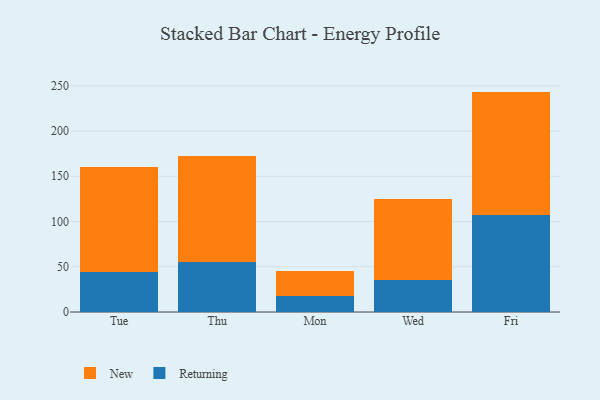
{"axis": {"x": "Day", "y": "Churn Rate (%)"}, "legend": ["New", "Returning"], "data": [{"x": "Tue", "y": 44.2, "type": "Returning"}, {"x": "Tue", "y": 115.9, "type": "New"}, {"x": "Thu", "y": 55.1, "type": "Returning"}, {"x": "Thu", "y": 116.9, "type": "New"}, {"x": "Mon", "y": 17.6, "type": "Returning"}, {"x": "Mon", "y": 28.2, "type": "New"}, {"x": "Wed", "y": 35.6, "type": "Returning"}, {"x": "Wed", "y": 88.9, "type": "New"}, {"x": "Fri", "y": 107.0, "type": "Returning"}, {"x": "Fri", "y": 136.6, "type": "New"}]}